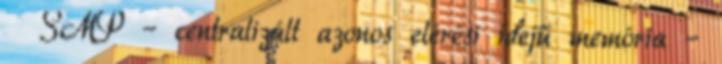
● SMP – centralizált azonos elérési idejű memória –